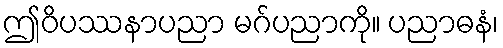
ဤဝိပဿနာပညာ မဂ်ပညာကို။ ပညာဓနံ၊